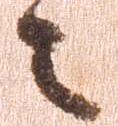
之